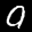
Label: 9